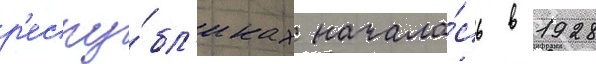
р'еспу́бл'иках начала́сь в 1928